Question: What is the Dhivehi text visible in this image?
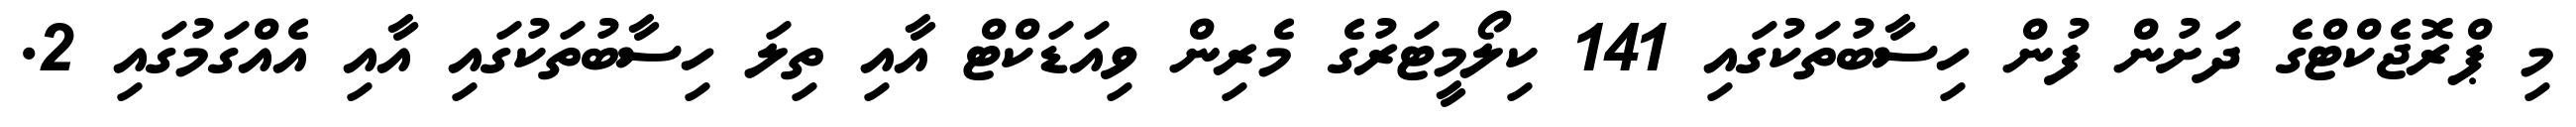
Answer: މި ޕްރޮޖެކްޓްގެ ދަށުން ފުން ހިސާބުތަކުގައި 141 ކިލޯމީޓަރުގެ މެރިން ވިއަޑަކްޓް އާއި ތިލަ ހިސާބުތަކުގައި އާއި އެއްގަމުގައި 2.